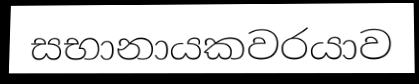
සභානායකවරයාව